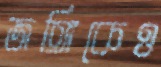
জঙ্গিকেও